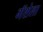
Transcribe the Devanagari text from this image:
गॅशेला